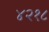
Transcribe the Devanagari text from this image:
४२१८